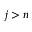
j > n